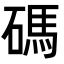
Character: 碼